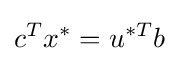
c^{T}x^{*}=u^{*T}b